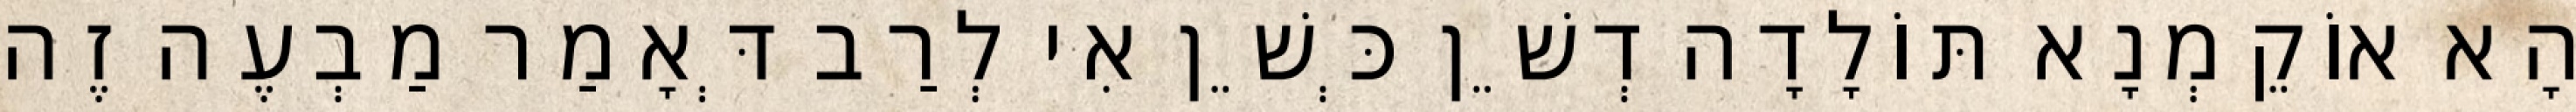
הָא אוֹקֵמְנָא תּוֹלָדָה דְשֵׁן כְּשֵׁן אִי לְרַב דְּאָמַר מַבְעֶה זֶה